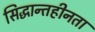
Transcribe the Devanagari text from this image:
सिद्धान्तहीनता